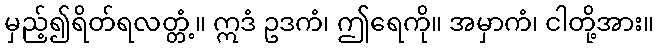
မှည့်၍ရိတ်ရလတ္တံ့။ ဣဒံ ဥဒကံ၊ ဤရေကို။ အမှာကံ၊ ငါတို့အား။